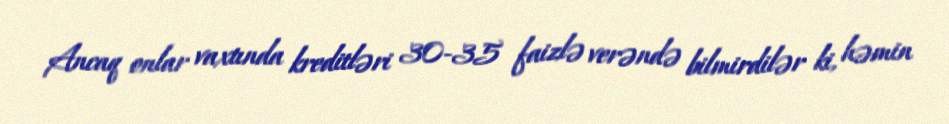
Ancaq onlar vaxtında kreditləri 30-35 faizlə verəndə bilmirdilər ki, həmin